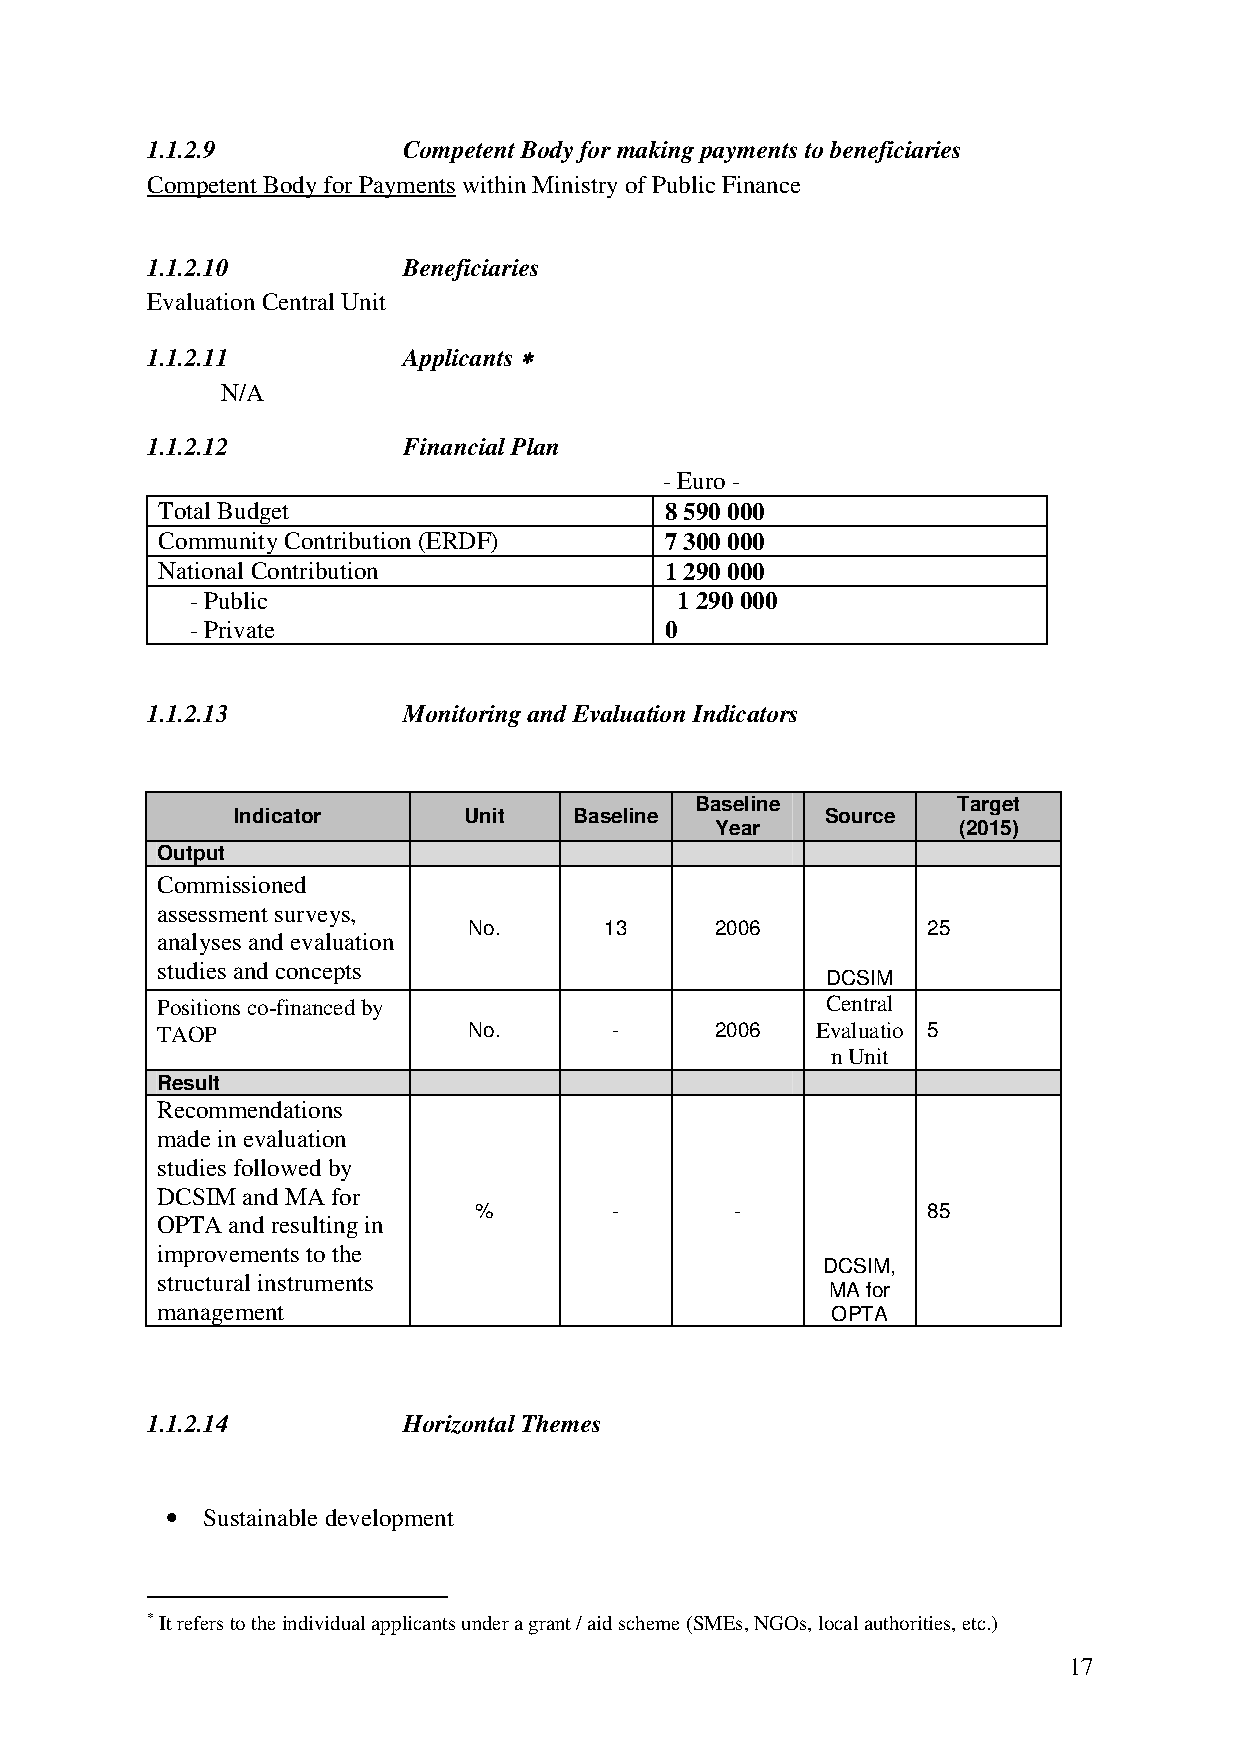
1.1.2.9          Competent Body for making payments to beneficiaries
 Competent Body for Payments within Ministry of Public Finance
 1.1.2.10         Beneficiaries
 Evaluation Central Unit
 1.1.2.11         Applicants ****
 N/A
 1.1.2.12         Financial Plan
 - Euro -
 Total Budget                      8 590 000
 Community Contribution (ERDF)     7 300 000
 National Contribution             1 290 000
 - Public                        1 290 000
 - Private                      0
 1.1.2.13         Monitoring and Evaluation Indicators
 Baseline         Target
 Indicator       Unit   Baseline         Source
 Year            (2015)
 Output
 Commissioned
 assessment surveys,
 No.      13     2006          25
 analyses and evaluation
 studies and concepts
 DCSIM
 Positions co-financed by                     Central
 TAOP                 No.       -     2006   Evaluatio 5
 n Unit
 Result
 Recommendations
 made in evaluation
 studies followed by
 DCSIM and MA for
 %         -       -           85
 OPTA and resulting in
 improvements to the
 DCSIM,
 structural instruments
 MA for
 management                                   OPTA
 1.1.2.14         Horizontal Themes
 • Sustainable development
 * It refers to the individual applicants under a grant / aid scheme (SMEs, NGOs, local authorities, etc.)
 17